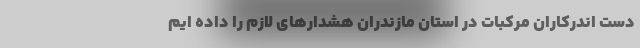
دست اندرکاران مرکبات در استان مازندران هشدار‌های لازم را داده ایم